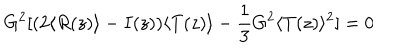
G ^ { 2 } [ ( 2 \langle R ( z ) \rangle - I ( z ) ) \langle T ( z ) \rangle - \frac { 1 } { 3 } G ^ { 2 } \langle T ( z ) \rangle ^ { 2 } ] = 0